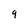
Character: 9